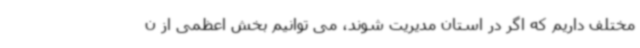
مختلف داریم که اگر در استان مدیریت شوند، می توانیم بخش اعظمی از ن